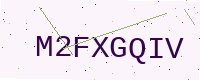
Text: M2FXGQIV